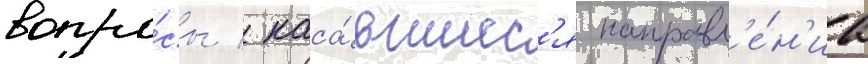
вопро́сы / каса́вшиес'я направл'е́н'иа